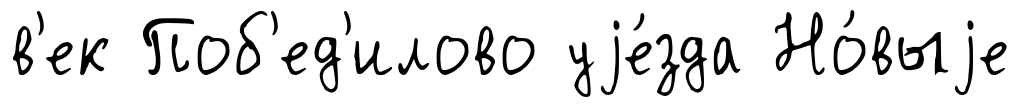
в'ек Поб'ед'илово уjе́зда Но́выjе